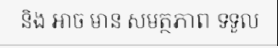
និង ឤច មាន សមត្ថភាព ទទួល